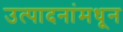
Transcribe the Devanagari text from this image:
उत्पादनांमधून